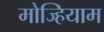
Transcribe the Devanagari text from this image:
मोज्हियाम